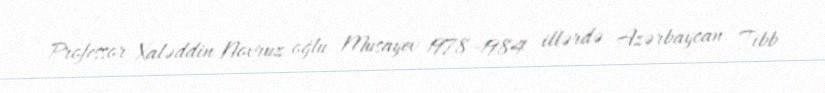
Professor Xaləddin Novruz oğlu Musayev 1978–1984 illərdə Azərbaycan Tibb